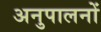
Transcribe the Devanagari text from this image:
अनुपालनों